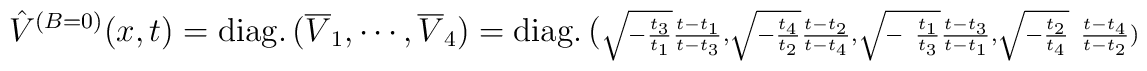
\hat{V}^{(B=0)}(x,t)={\rm diag.}\,(\overline{V}_{1},\cdots ,\overline{V}_{4})={\rm diag.}\,(\scriptstyle{{\sqrt{-{\frac{t_{3}}{t_{1}}}}{\frac{t-t_{1} }{t-t_{3}}},\sqrt{-{\frac{t_{4}}{t_{2}}}}{\frac{t-t_{2}}{t-t_{4}}},\sqrt{-{\ \frac{t_{1}}{t_{3}}}}{\frac{t-t_{3}}{t-t_{1}}},\sqrt{-{\frac{t_{2}}{t_{4}}}}{\ \frac{t-t_{4}}{t-t_{2}}}}})